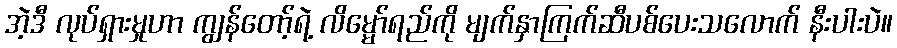
အဲ့ဒီ လုပ်ရှားမှုဟာ ကျွန်တော့်ရဲ့ လိမ္မော်ရည်ကို မျက်နှာကြက်ဆီပစ်ပေးသလောက် နီးပါးပဲ။